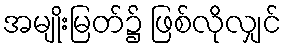
အမျိုးမြတ်၌ ဖြစ်လိုလျှင်